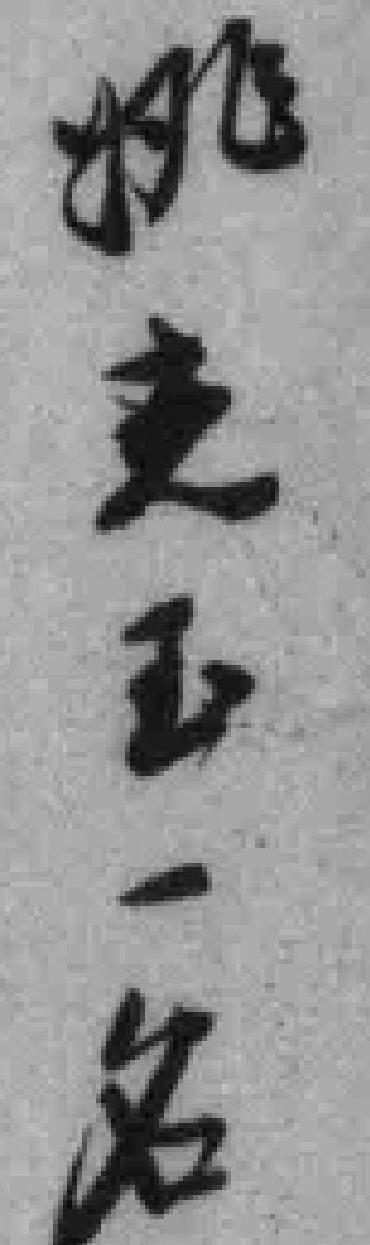
姚光玉一名